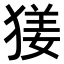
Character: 𤟲